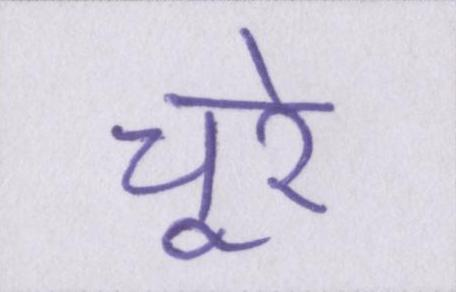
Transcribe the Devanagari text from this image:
चूरे